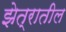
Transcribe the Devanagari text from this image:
झेत्रातील